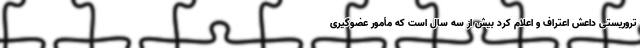
تروریستی داعش اعتراف و اعلام کرد بیش از سه سال است که مأمور عضوگیری